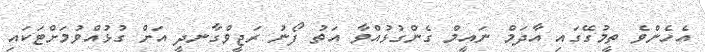
އެހެންވެ ތީމުގޭގައި އާދަމް ނައީމް ގެންގުޅުއްވާ އަތު ފޯނު ރަޖީވްގާނދީ އަށް ގުޅުއްވުމަށްޓަކައި